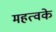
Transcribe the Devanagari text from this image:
महत्वके